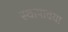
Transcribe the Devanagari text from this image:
स्थापावया